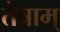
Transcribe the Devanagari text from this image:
तेषाम्